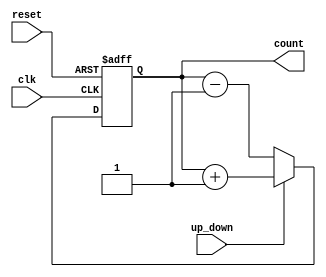
module UpDownCounter (
    input wire clk,          // Clock input
    input wire reset,        // Asynchronous reset
    input wire up_down,      // Control signal: 1 for up, 0 for down
    output reg [3:0] count   // 4-bit current count value
);

// Asynchronous reset and counting logic
always @(posedge clk or posedge reset) begin
    if (reset) begin
        count <= 4'b0000;   // Reset count to 0
    end else begin
        if (up_down) begin
            count <= count + 1; // Increment count
        end else begin
            count <= count - 1; // Decrement count
        end
    end
end

endmodule